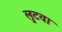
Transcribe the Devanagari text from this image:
लुटवा